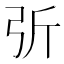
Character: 𢏂